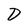
Character: D